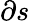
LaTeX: \partial s